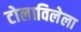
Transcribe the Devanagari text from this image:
टोलाविलेला